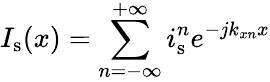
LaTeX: I_{\mathrm{s}}(x)=\sum_{n=-\infty}^{+\infty}i_{\mathrm{s}}^{n}e^{-jk_{xn}x}